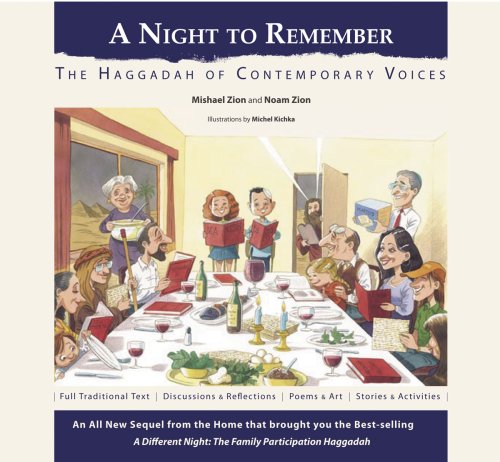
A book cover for A Night to Remember: The Haggadah of Contemporary Voices (Hebrew -English) (English and Hebrew Edition); Mishael Zion & Noam Zion; Religion & Spirituality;